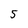
Character: 5